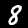
Label: 8